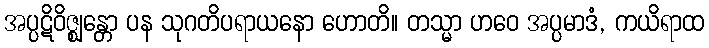
အပ္ပဋိဝိဇ္ဈန္တော ပန သုဂတိပရာယနော ဟောတိ။ တသ္မာ ဟဝေ အပ္ပမာဒံ, ကယိရာထ